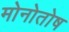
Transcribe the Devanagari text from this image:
मोनोतोष